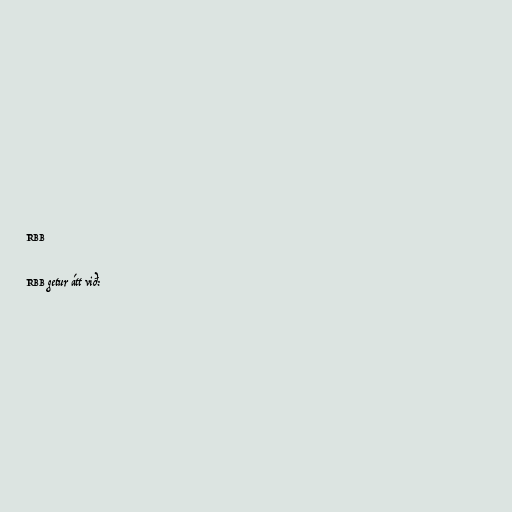
RBB

RBB getur átt við: